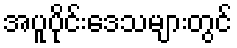
အပူပိုင်းဒေသများတွင်